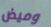
وميض